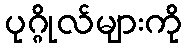
ပုဂ္ဂိုလ်များကို